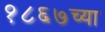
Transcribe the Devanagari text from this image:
१८६७च्या